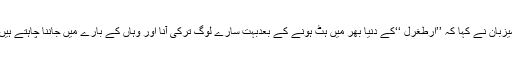
میزبان نے کہا کہ ’’ارطغرل ‘‘کے دنیا بھر میں ہٹ ہونے کے بعدبہت سارے لوگ ترکی آنا اور وہاں کے بارے میں جاننا چاہتے ہیں۔